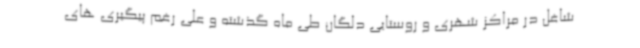
شاغل در مراکز شهری و روستایی دلگان طی ماه گذشته و علی رغم پیگیری های